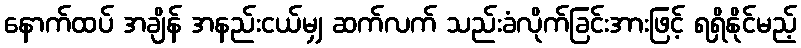
နောက်ထပ် အချိန် အနည်းငယ်မျှ ဆက်လက် သည်းခံလိုက်ခြင်းအားဖြင့် ရရှိနိုင်မည့်